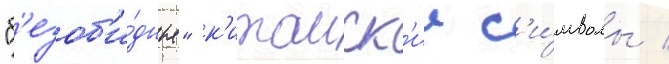
"б'езоб'и́дные" к'итаиск'ие с'и́мволы /